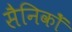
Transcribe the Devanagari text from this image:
सैनिकोँ